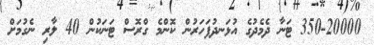
350-20000 ޓަނާ ދެމެދުގެ އުޅަނދުފަހަރުން ކޮންމެ ގްރޮސް ޓަނަކުން 40 ލާރި ނެގުމަށް